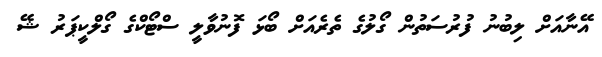
އޭނާއަށް ލިބުނު ފުރުސަތުން ގޯލުގެ ތެރެއަށް ބޯޅަ ފޮނުވާލީ ސްޓޯކްގެ ގޯލްކީޕަރު ޝޭ